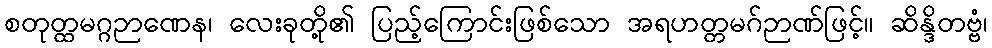
စတုတ္ထမဂ္ဂဉာဏေန၊ လေးခုတို့၏ ပြည့်ကြောင်းဖြစ်သော အရဟတ္တမဂ်ဉာဏ်ဖြင့်။ ဆိန္ဒိတဗ္ဗံ၊